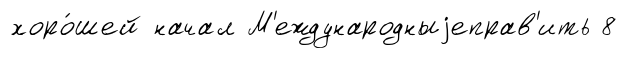
хоро́шей начал М'еждународныjеправ'ить 8